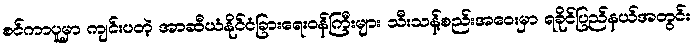
စင်ကာပူမှာ ကျင်းပတဲ့ အာဆီယံနိုင်ငံခြားရေးဝန်ကြီးများ သီးသန့်စည်းအဝေးမှာ ရခိုင်ပြည်နယ်အတွင်း